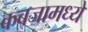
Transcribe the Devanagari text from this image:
कबजामध्ये